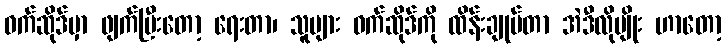
ဝက်ဆိုဒ်မှာ ဖျက်ပြီးတော့ ရေးတာ၊ သူများ ဝက်ဆိုဒ်ကို ထိန်းချုပ်တာ အဲဒီလိုမျိုး ဟာတော့